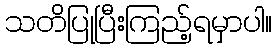
သတိပြုပြီးကြည့်ရမှာပါ။